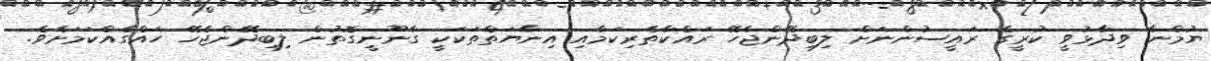
ޔުމްނާ ވިދާޅުވީ ކުރީގެ ރައީސުންނަށް ލިބިދޭންޖެހޭ ރައްކާތެރިކަމާއި އިނާޔަތްތަކަކީ ގާނޫނީގޮތުން ލިބިދޭންޖެހޭ ހައްގެއްކަމަށެވެ.